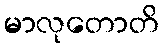
မာလုတောတိ